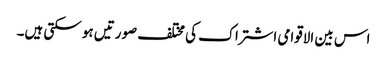
اس بین الاقوامی اشتراک کی مختلف صورتیں ہو سکتی ہیں۔